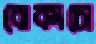
বোকাচো